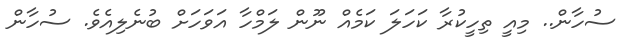
ސުހާން.. މިއީ ތިހީކުރާ ކަހަލަ ކަމެއް ނޫން ލަމްހާ އަވަހަށް ބުނެލިއެވެ. ސުހާން